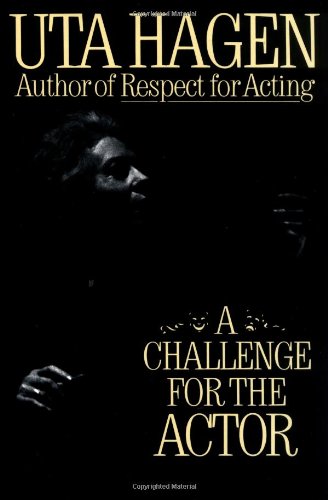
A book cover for A Challenge For The Actor; Uta Hagen; Humor & Entertainment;